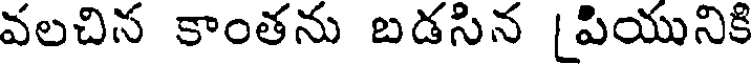
వలచిన కాంతను బడసిన [పియునికి